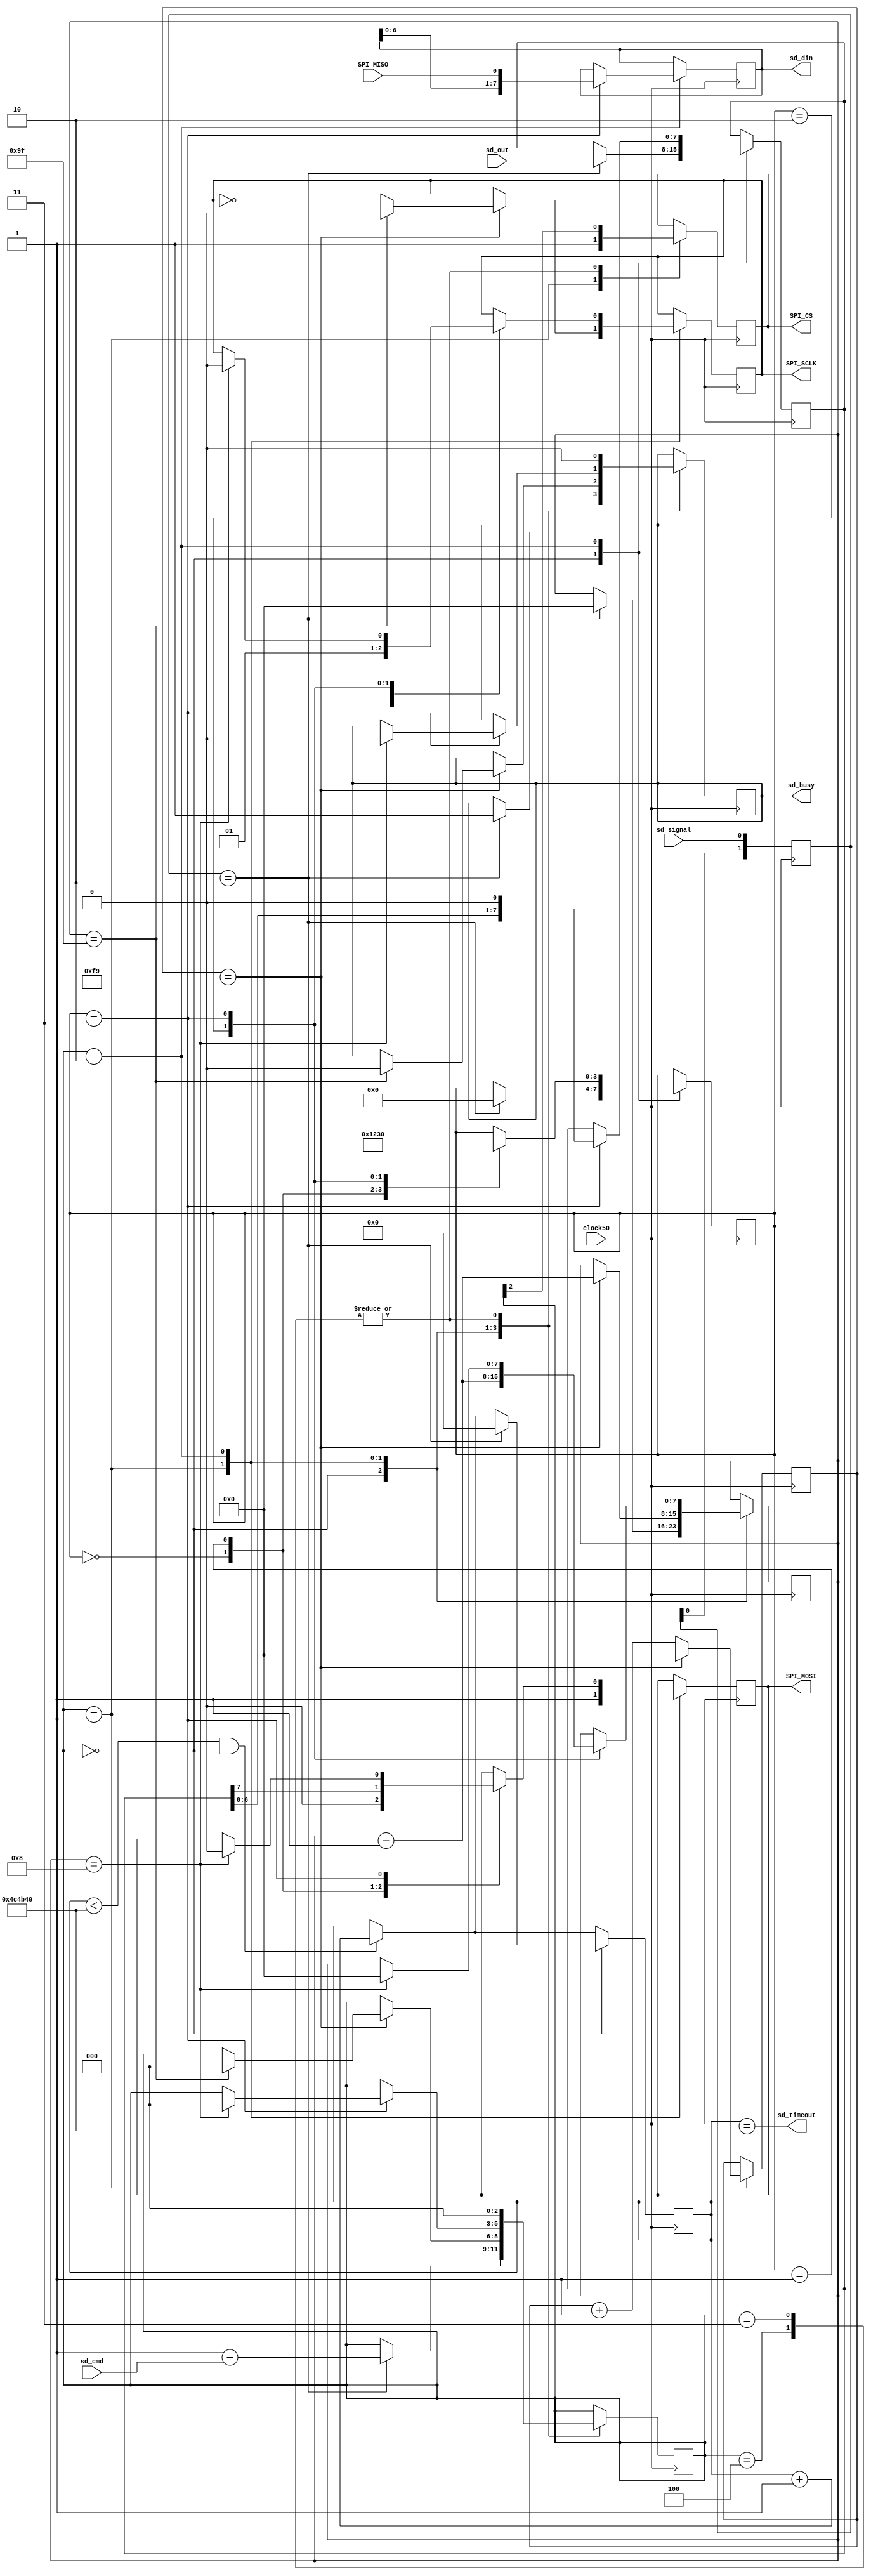
module sd
(
    // 50 Mhz
    input  wire         clock50,

    // SPI
    output reg          SPI_CS,
    output reg          SPI_SCLK,
    input  wire         SPI_MISO,
    output reg          SPI_MOSI,

    // Интерфейс
    input  wire         sd_signal,  // 0->1 Команда на позитивном фронте
    input  wire [ 1:0]  sd_cmd,     // ID команды
    output reg  [ 7:0]  sd_din,     // Исходящие данные в процессор
    input  wire [ 7:0]  sd_out,     // Входящие данные из процессора
    output reg          sd_busy,    // =1 Устройство занято
    output wire         sd_timeout  // =1 Вышел таймаут
);

`define SPI_TIMEOUT_CNT     5000000     // 0.1 s

initial begin

    SPI_CS   = 1'b1;
    SPI_SCLK = 1'b0;
    SPI_MOSI = 1'b0;
    sd_din   = 8'h00;
    sd_busy  = 1'b0;

end

// ---------------------------------------------------------------------
// SPI SdCard
// ---------------------------------------------------------------------

// Сигналы нейтрализации (сброс активации команды)
reg  [1:0]  spi_latch   = 2'b00;

// Сигнал о том, занято ли устройство
assign      sd_timeout = (sd_timeout_cnt == `SPI_TIMEOUT_CNT);

reg  [2:0]  spi_process = 0;
reg  [3:0]  spi_cycle   = 0;
reg  [7:0]  spi_data_w  = 0;

// INIT SPI MODE
reg  [7:0]  spi_counter   = 0;
reg  [7:0]  spi_slow_tick = 0;
reg  [24:0] sd_timeout_cnt = `SPI_TIMEOUT_CNT;

always @(posedge clock50) begin

    // Счетчик таймаута
    if (sd_timeout_cnt < `SPI_TIMEOUT_CNT && spi_process == 0)
        sd_timeout_cnt <= sd_timeout_cnt + 1;

    case (spi_process)

        // Команда срабатывает на негативном фронте sd_signal
        0: if (spi_latch == 2'b10) begin

            spi_process <= 1 + sd_cmd;
            spi_counter <= 0;
            spi_cycle   <= 0;
            spi_data_w  <= sd_out;
            sd_busy     <= 1;
            sd_timeout_cnt <= 0;

        end

        // Command-1: 80 тактов в slow-режиме
        1: begin

            SPI_CS   <= 1;
            SPI_MOSI <= 1;

            // 250*100`000
            if (spi_slow_tick == (250 - 1)) begin

                SPI_SCLK      <= ~SPI_SCLK;
                spi_slow_tick <= 0;
                spi_counter   <= spi_counter + 1;

                // 80 ticks
                if (spi_counter == (2*80 - 1)) begin

                    SPI_SCLK    <= 0;
                    spi_process <= 0;
                    sd_busy     <= 0;

                end

            end
            // Оттикивание таймера
            else begin spi_slow_tick <= spi_slow_tick + 1;  end

        end

        // Command 1: Read/Write SPI
        2: case (spi_cycle)

            // CLK-DN
            0: begin spi_cycle <= 1; SPI_SCLK <= 0; SPI_MOSI <= 0; end
            1: begin spi_cycle <= 2; SPI_MOSI <= spi_data_w[7]; end
            // CLK-UP
            2: begin spi_cycle <= 3; SPI_SCLK <= 1; spi_counter <= spi_counter + 1; end
            3: begin

                spi_cycle  <= 0;
                sd_din     <= {sd_din[6:0], SPI_MISO};
                spi_data_w <= {spi_data_w[6:0], 1'b0};

                if (spi_counter == 8) begin

                    SPI_SCLK    <= 0;
                    sd_busy     <= 0;
                    spi_counter <= 0;
                    spi_process <= 0;
                    SPI_MOSI    <= 0;

                end
            end

        endcase

        // Установка CS=0 или 1
        3,4: begin SPI_CS <= spi_process[2]; spi_process <= 0; sd_busy <= 0; end

    endcase

    // Активизация работы устройства
    spi_latch <= {spi_latch[0], sd_signal};

end

endmodule